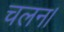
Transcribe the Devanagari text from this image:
चलन।